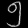
Digit: ၅